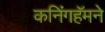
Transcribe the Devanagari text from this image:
कनिंगहॅमने